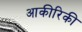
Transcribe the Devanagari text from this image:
आकीरिकी